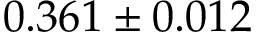
0 . 3 6 1 \pm 0 . 0 1 2